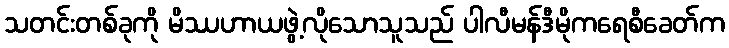
သတင်းတစ်ခုကို မိဿဟာယဖွဲ့လိုသောသူသည် ပါလီမန်ဒီမိုကရေစီခေတ်က